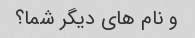
و نام های دیگر شما؟